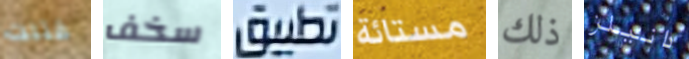
قتلت سخف تطبيق مستائة ذلك دانيلز